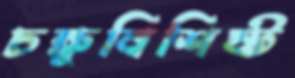
চক্ষুবিশিষ্ট